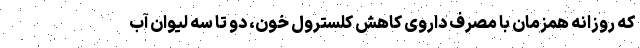
که روزانه همزمان با مصرف داروی کاهش کلسترول خون، دو تا سه لیوان آب